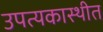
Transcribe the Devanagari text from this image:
उपत्यकास्थीत